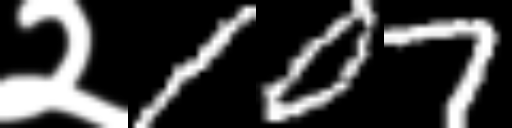
Text: २107